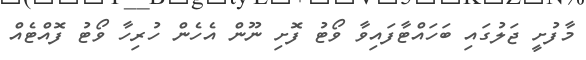
މާފުށީ ޖަލުގައި ބަހައްޓާފައިވާ ވޯޓު ފޮށި ނޫން އެހެން ހުރިހާ ވޯޓު ފޮއްޓެއް